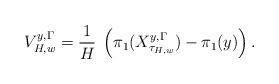
LaTeX: \begin{align*}\begin{array}{c} V_{H,w}^{y,\Gamma}=\displaystyle\frac{1}{H}\;\left(\pi_1(X^{y,\Gamma}_{\tau_{H,w}})-\pi_1(y)\right).\end{array}\end{align*}